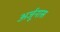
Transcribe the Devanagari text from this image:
अर्जूनास